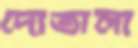
দোতালা